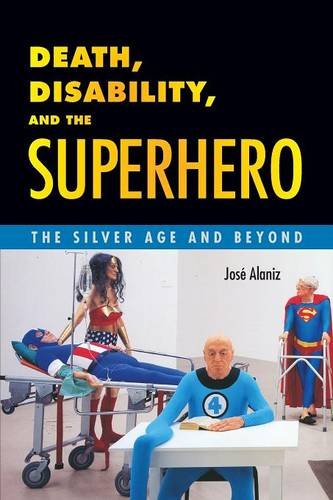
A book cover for Death, Disability, and the Superhero: The Silver Age and Beyond; JosÃ© Alaniz; Comics & Graphic Novels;